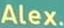
Alex.